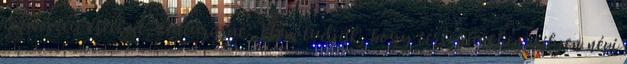
természeti értékeit, kultúráját. Nem tudják, hogy térségünkben milyen népi